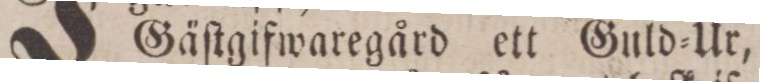
Gäſtgifwaregård ett Guld=Ur,